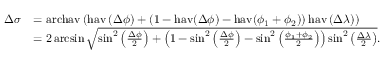
{ \begin{array} { r l } { \Delta \sigma } & { = \operatorname { a r c h a v } \left( \operatorname { h a v } \left( \Delta \phi \right) + \left( 1 - \operatorname { h a v } ( \Delta \phi ) - \operatorname { h a v } ( \phi _ { 1 } + \phi _ { 2 } ) \right) \operatorname { h a v } \left( \Delta \lambda \right) \right) } \\ & { = 2 \arcsin { \sqrt { \sin ^ { 2 } \left( { \frac { \Delta \phi } { 2 } } \right) + \left( 1 - \sin ^ { 2 } \left( { \frac { \Delta \phi } { 2 } } \right) - \sin ^ { 2 } \left( { \frac { \phi _ { 1 } + \phi _ { 2 } } { 2 } } \right) \right) \sin ^ { 2 } \left( { \frac { \Delta \lambda } { 2 } } \right) } } . } \end{array} }